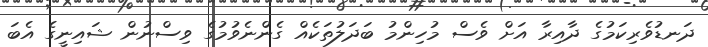
ދަނޑުވެރިކަމުގެ ދާއިރާ އަށް ވެސް މުހިންމު ބަދަލުތަކެއް ގެންނެވުމުގެ ވިސްނުން ޝައިނީގެ އެބަ